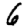
Digit: 6